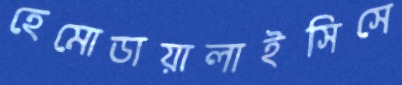
হেমোডায়ালাইসিসে